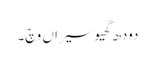
دودھ گھیو سیراں وچ۔